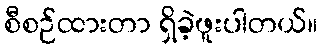
စီစဉ်ထားတာ ရှိခဲ့ဖူးပါတယ်။